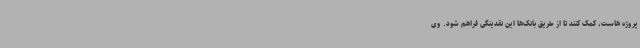
پروژه هاست، کمک کنند تا از طریق بانک‌ها این نقدینگی فراهم شود. وی